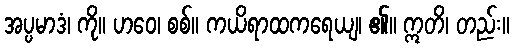
အပ္ပမာဒံ၊ ကို။ ဟဝေ၊ စစ်။ ကယိရာထကရေယျ၊ ၏။ ဣတိ၊ တည်း။